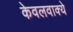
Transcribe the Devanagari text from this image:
केवलवाक्ये